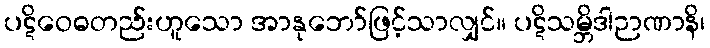
ပဋိဝေဓတည်းဟူသော အာနုဘော်ဖြင့်သာလျှင်။ ပဋိသမ္ဘိဒါဉာဏာနိ၊